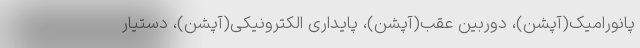
پانورامیک(آپشن)، دوربین عقب(آپشن)، پایداری الکترونیکی(آپشن)، دستیار